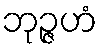
ဘုဉ္ဇဟံ